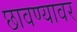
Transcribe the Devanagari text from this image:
छावण्यावर